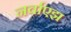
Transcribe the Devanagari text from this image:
नर्वाएझ